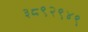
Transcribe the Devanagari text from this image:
३८९२९४९